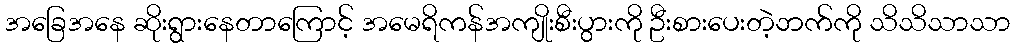
အခြေအနေ ဆိုးရွားနေတာကြောင့် အမေရိကန်အကျိုးစီးပွားကို ဦးစားပေးတဲ့ဘက်ကို သိသိသာသာ